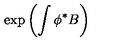
\exp \left( \int \phi ^ { * } B \right)